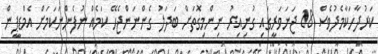
ކަރުދާހަކާމެދުވެސް 18 ޖަނަވަރީގައި ގުނިއިރު ނިންމިގޮތަށް ބަދަލު ގެންނަންޖެހޭ ކަމެއް ނުފެންނަކަމަށް އެމްޑީޕީން